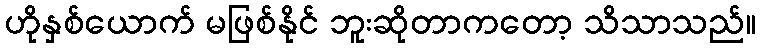
ဟိုနှစ်ယောက် မဖြစ်နိုင် ဘူးဆိုတာကတော့ သိသာသည်။